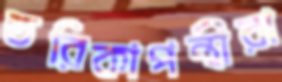
তরিকাপন্থীরা